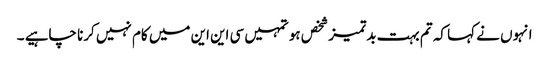
انہوں نے کہا کہ تم بہت بدتمیز شخص ہو تمہیں سی این این میں کام نہیں کرنا چاہیے ۔